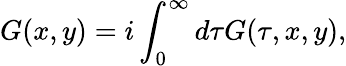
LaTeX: G(x,y)=i\int_{0}^{\infty}d\tau G(\tau,x,y),